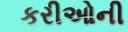
કરીઓની